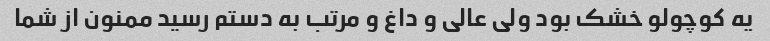
یه کوچولو خشک بود ولی عالی و داغ و مرتب به دستم رسید ممنون از شما